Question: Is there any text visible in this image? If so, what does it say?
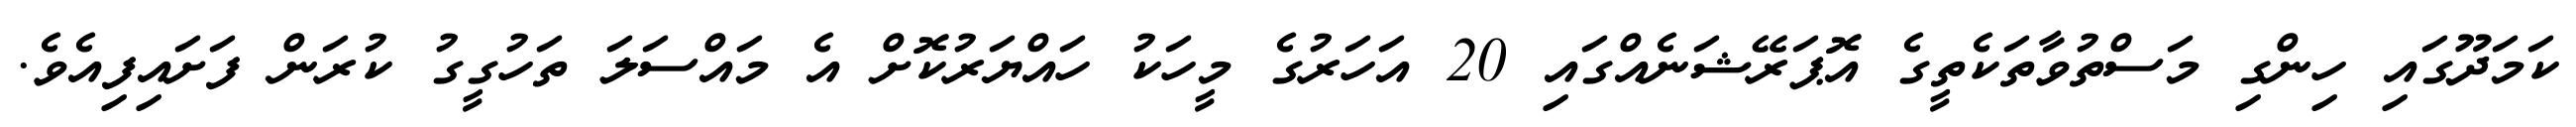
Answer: ކަމަދޫގައި ހިންގި މަސްތުވާތަކެތީގެ އޮޕަރޭޝަނެއްގައި 20 އަހަރުގެ މީހަކު ހައްޔަރުކޮށް އެ މައްސަލަ ތަހުގީގު ކުރަން ފަށައިފިއެވެ.